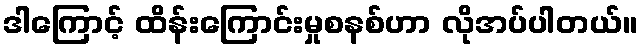
ဒါကြောင့် ထိန်းကြောင်းမှုစနစ်ဟာ လိုအပ်ပါတယ်။